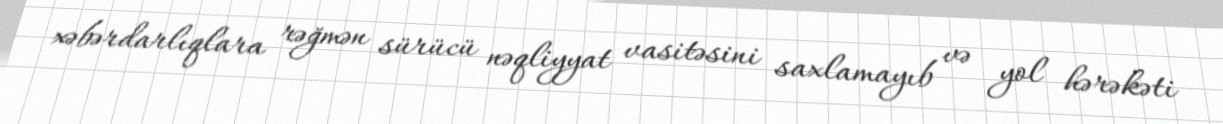
xəbərdarlıqlara rəğmən sürücü nəqliyyat vasitəsini saxlamayıb və yol hərəkəti